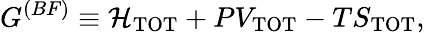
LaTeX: G^{(BF)}\equiv{\cal H}_{\mathrm{TOT}}+PV_{\mathrm{TOT}}-TS_{\mathrm{TOT}},